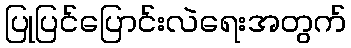
ပြုပြင်ပြောင်းလဲရေးအတွက်